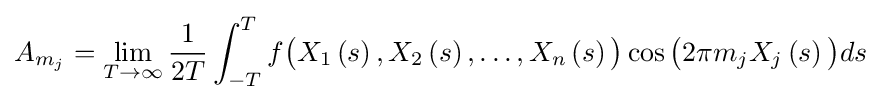
A_{m_{j}}=\lim _{T\to \infty }{\frac {1}{2T}}\int _{-T}^{T}f{\bigl (}X_{1}\left(s\right),X_{2}\left(s\right),\dots ,X_{n}\left(s\right){\bigr )}\cos {\bigl (}2\pi m_{j}X_{j}\left(s\right){\bigr )}ds